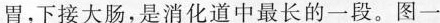
胃，下接大肠，是消化道中最长的一段。图一